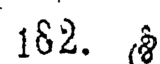
162.